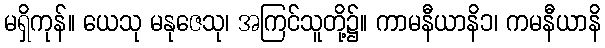
မရှိကုန်။ ယေသု မနုဇေသု၊ အကြင်သူတို့၌။ ကာမနီယာနိ၁၊ ကမနီယာနိ